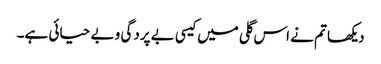
دیکھا تم نے اس گلی میں کیسی بے پردگی و بے حیائی ہے۔